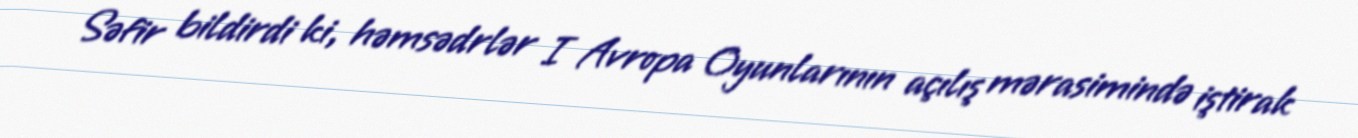
Səfir bildirdi ki, həmsədrlər I Avropa Oyunlarının açılış mərasimində iştirak